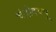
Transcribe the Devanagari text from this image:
चंद्रोदयमु